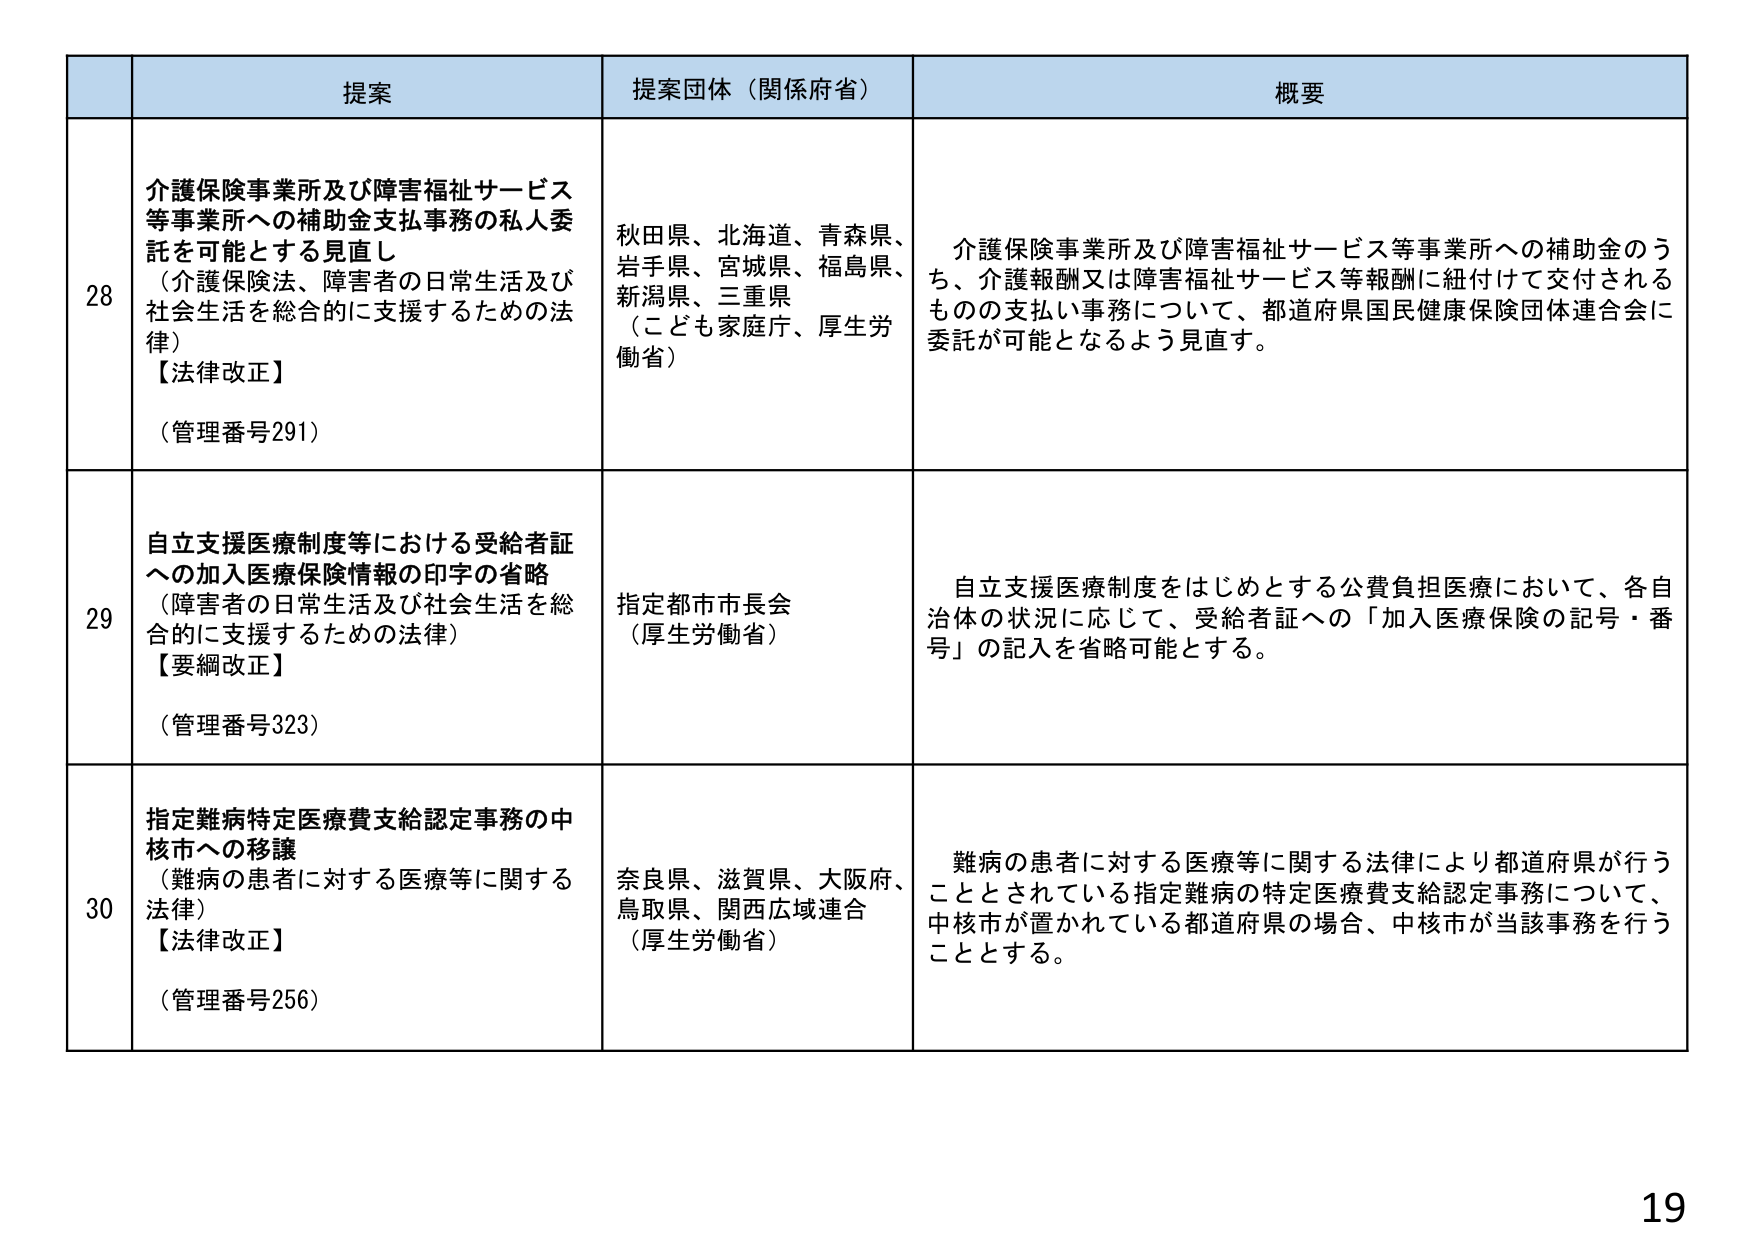
提案
提案団体（関係府省）
概要

28
介護保険事業所及び障害福祉サービス等事業所への補助金支払事務の私人委託を可能とする見直し
（介護保険法、障害者の日常生活及び社会生活を総合的に支援するための法律）
【法律改正】
（管理番号291）
秋田県、北海道、青森県、岩手県、宮城県、福島県、新潟県、三重県
（こども家庭庁、厚生労働省）
介護保険事業所及び障害福祉サービス等事業所への補助金のうち、介護報酬又は障害福祉サービス等報酬に紐付けて交付されるものの支払い事務について、都道府県国民健康保険団体連合会に委託が可能となるよう見直す。

29
自立支援医療制度等における受給者証への加入医療保険情報の印字の省略
（障害者の日常生活及び社会生活を総合的に支援するための法律）
【要綱改正】
（管理番号323）
指定都市市長会
（厚生労働省）
自立支援医療制度をはじめとする公費負担医療において、各自治体の状況に応じて、受給者証への「加入医療保険の記号・番号」の記入を省略可能とする。

30
指定難病特定医療費支給認定事務の中核市への移譲
（難病の患者に対する医療等に関する法律）
【法律改正】
（管理番号256）
奈良県、滋賀県、大阪府、鳥取県、関西広域連合
（厚生労働省）
難病の患者に対する医療等に関する法律により都道府県が行うこととされている指定難病の特定医療費支給認定事務について、中核市が置かれている都道府県の場合、中核市が当該事務を行うこととする。

19